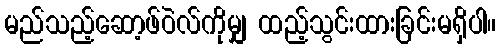
မည်သည့်ဆော့ဖ်ဝဲလ်ကိုမျှ ထည့်သွင်းထားခြင်းမရှိပါ။